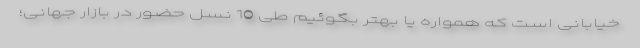
خیابانی است که همواره یا بهتر بگوئیم طی 10 نسل حضور در بازار جهانی؛